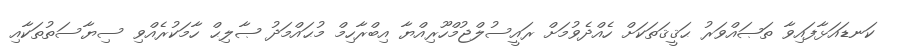
ކަނޑައަޅާފައިވާ ތަޞައްވަރު ޙަޤީޤަތަކަށް ހެއްދެވުމަށް ރައީސުލްޖުމްހޫރިއްޔާ އިބްރާހިމް މުޙައްމަދު ޞާލިޙް ހާމަކުރެއްވި ސިޔާސަތުތަކާއި